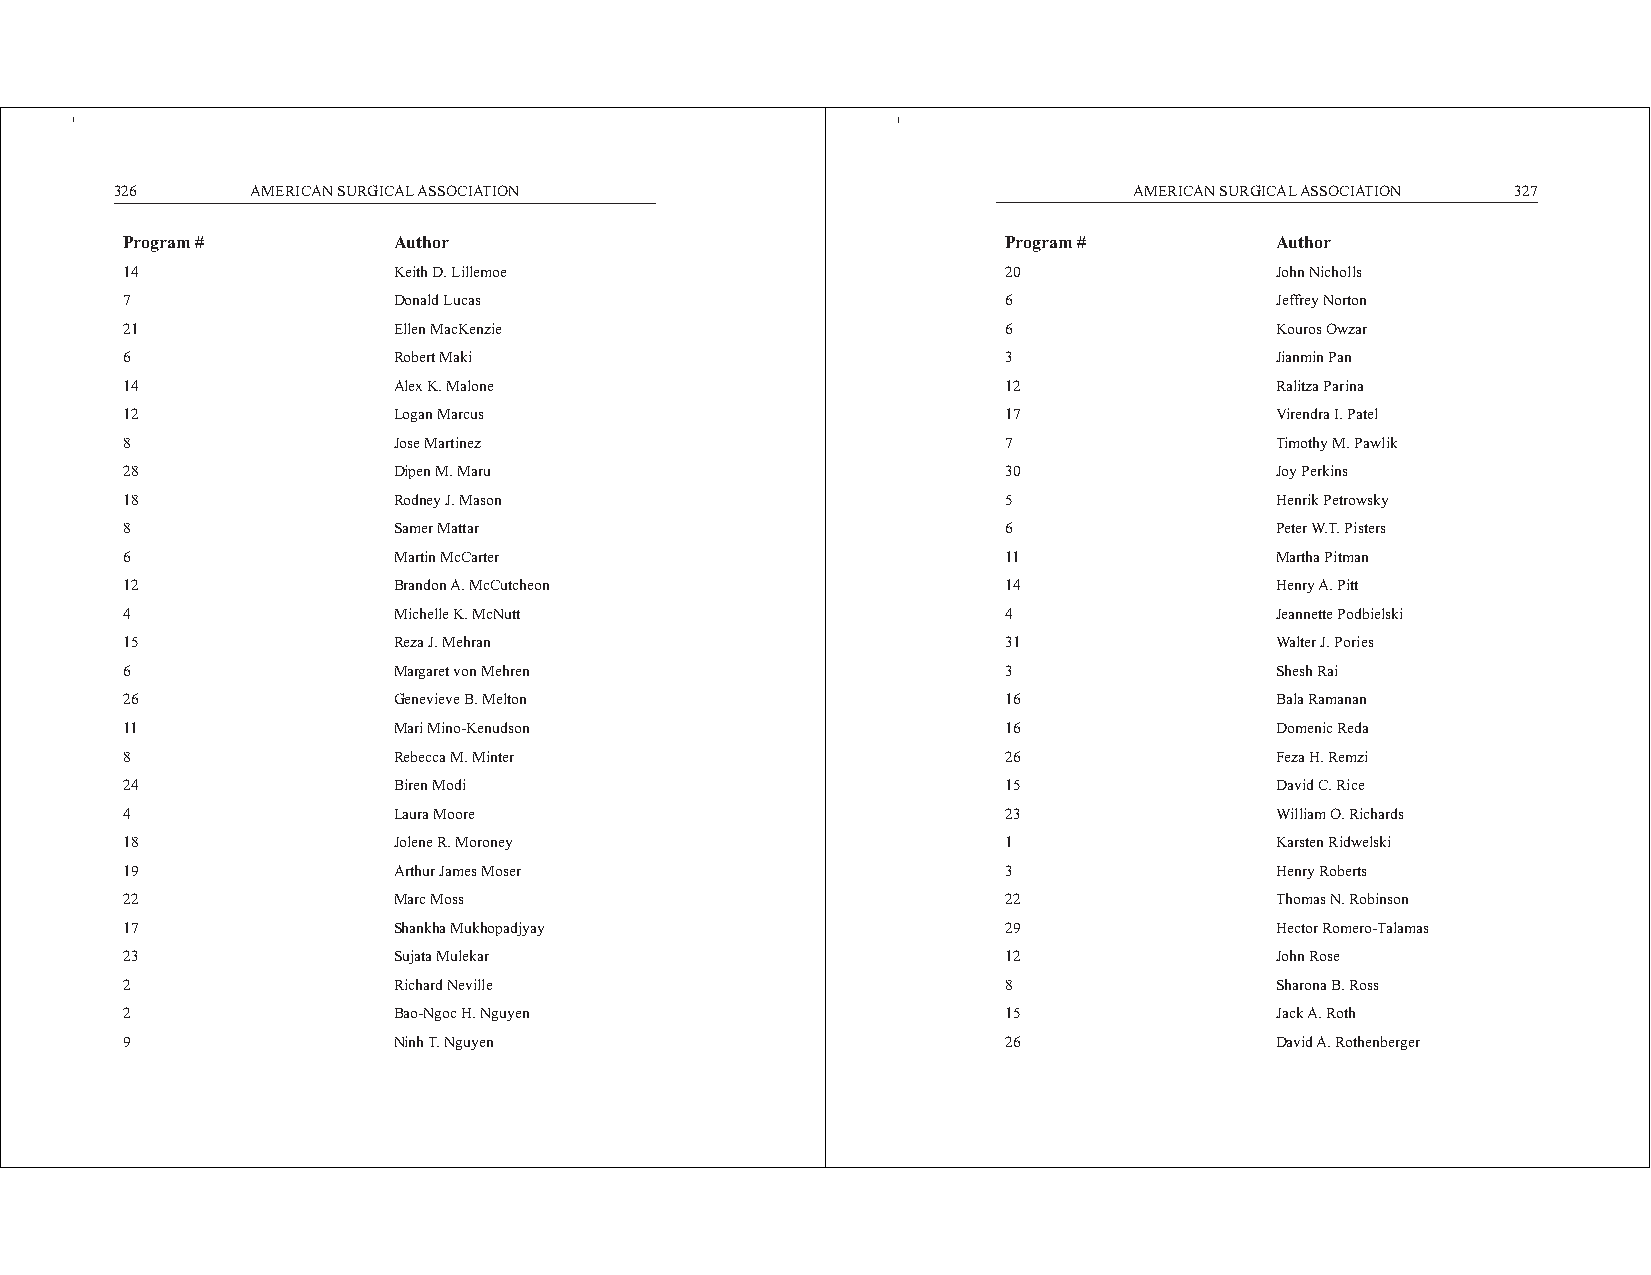
326      AMERICAN SURGICAL ASSOCIATION                             AMERICAN SURGICAL ASSOCIATION 327
 Program #         Author                                   Program #        Author
 14                Keith D. Lillemoe                        20               John Nicholls
 7                 Donald Lucas                             6                Jeffrey Norton
 21                Ellen MacKenzie                          6                Kouros Owzar
 6                 Robert Maki                              3                Jianmin Pan
 14                Alex K. Malone                           12               Ralitza Parina
 12                Logan Marcus                             17               Virendra I. Patel
 8                 Jose Martinez                            7                Timothy M. Pawlik
 28                Dipen M. Maru                            30               Joy Perkins
 18                Rodney J. Mason                          5                Henrik Petrowsky
 8                 Samer Mattar                             6                Peter W.T. Pisters
 6                 Martin McCarter                          11               Martha Pitman
 12                Brandon A. McCutcheon                    14               Henry A. Pitt
 4                 Michelle K. McNutt                       4                Jeannette Podbielski
 15                Reza J. Mehran                           31               Walter J. Pories
 6                 Margaret von Mehren                      3                Shesh Rai
 26                Genevieve B. Melton                      16               Bala Ramanan
 11                Mari Mino-Kenudson                       16               Domenic Reda
 8                 Rebecca M. Minter                        26               Feza H. Remzi
 24                Biren Modi                               15               David C. Rice
 4                 Laura Moore                              23               William O. Richards
 18                Jolene R. Moroney                        1                Karsten Ridwelski
 19                Arthur James Moser                       3                Henry Roberts
 22                Marc Moss                                22               Thomas N. Robinson
 17                Shankha Mukhopadjyay                     29               Hector Romero-Talamas
 23                Sujata Mulekar                           12               John Rose
 2                 Richard Neville                          8                Sharona B. Ross
 2                 Bao-Ngoc H. Nguyen                       15               Jack A. Roth
 9                 Ninh T. Nguyen                           26               David A. Rothenberger